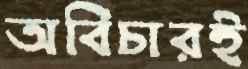
অবিচারই